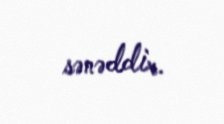
sənəddir.